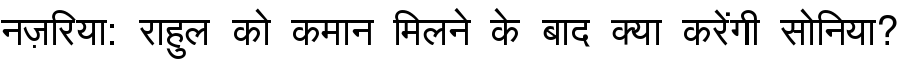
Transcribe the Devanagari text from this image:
नज़रिया: राहुल को कमान मिलने के बाद क्या करेंगी सोनिया?